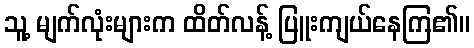
သူ့ မျက်လုံးများက ထိတ်လန့် ပြူးကျယ်နေကြ၏။